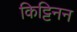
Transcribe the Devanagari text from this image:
किट्टिनन